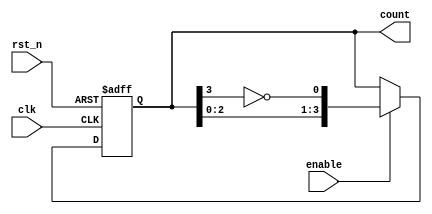
module johnson_counter (
    input wire clk,          // Clock input
    input wire rst_n,       // Active low asynchronous reset
    input wire enable,      // Enable signal
    output reg [3:0] count  // 4-bit output representing the current state
);

    always @(posedge clk or negedge rst_n) begin
        if (!rst_n) begin
            count <= 4'b0000; // Reset the counter to 0
        end else if (enable) begin
            // Shift the current state and feed back the inverted output of the last flip-flop
            count <= {count[2:0], ~count[3]};
        end
    end
endmodule